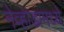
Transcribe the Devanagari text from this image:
नेव्हाडामध्ये